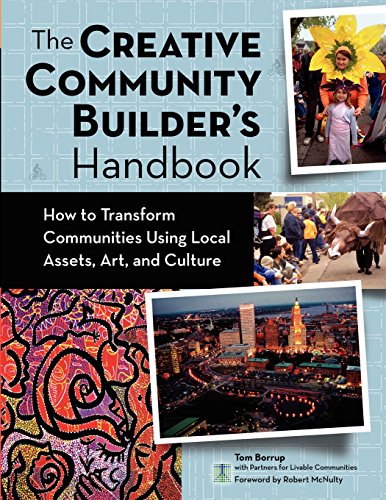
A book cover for Creative Community Builder's Handbook: How to Transform Communities Using Local Assets, Arts, and Culture; Tom Borrup; Business & Money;